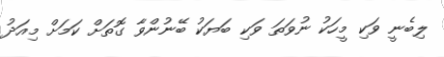
ލިބެނީ ވަކި މީހަކު ނުވަތަ ވަކި ބަޔަކު ބޭނުންވާ ގޮތަށް ކަމަށް މިއަދު